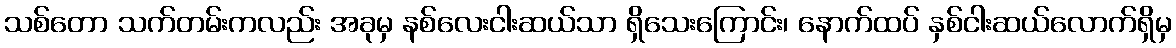
သစ်တော သက်တမ်းကလည်း အခုမှ နစ်လေးငါးဆယ်သာ ရှိသေးကြောင်း၊ နောက်ထပ် နှစ်ငါးဆယ်လောက်ရှိမှ